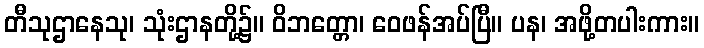
တီသုဌာနေသု၊ သုံးဌာနတို့၌။ ဝိဘတ္တော၊ ဝေဖန်အပ်ပြီ။ ပန၊ အဖို့တပါးကား။